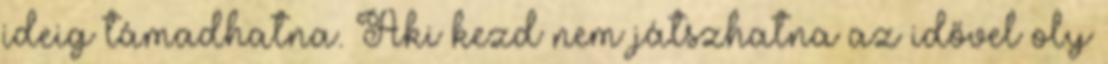
ideig támadhatna. Aki kezd nem játszhatna az idővel oly